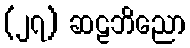
(၂၇) ဆဠဘိညော